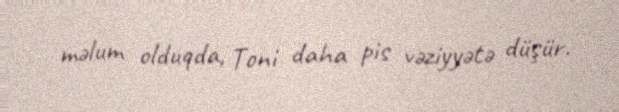
məlum olduqda, Toni daha pis vəziyyətə düşür.